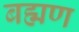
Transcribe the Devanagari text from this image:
बह्मण